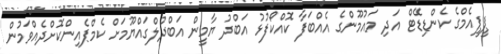
ޕީޕީއެމްގެ ކެންޑިޑޭޓް އަދި މައުމޫންގެ އެއްބަފާ ކޮއްކޯފުޅު އަބްދު ޔާމީން އަބްދުލްގައްޔޫމަށް ކެމްޕެއިންކޮށްދެއްވަމުން